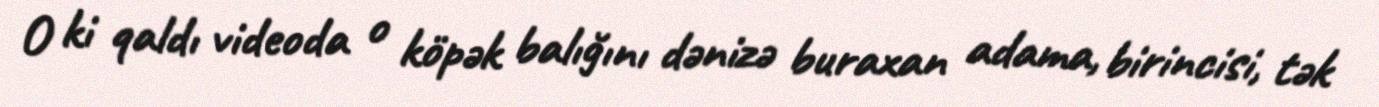
O ki qaldı videoda o köpək balığını dənizə buraxan adama, birincisi, tək